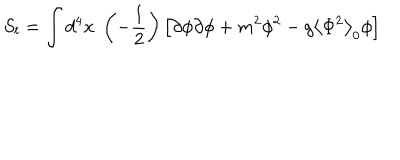
LaTeX: S _ { l } = \int d ^ { 4 } x \; \left( - \frac 1 2 \right) \left[ \partial \phi \partial \phi + m ^ { 2 } \phi ^ { 2 } - g \left\langle \Phi ^ { 2 } \right\rangle _ { 0 } \phi \right]